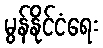
မွန်နိုင်ငံရေး